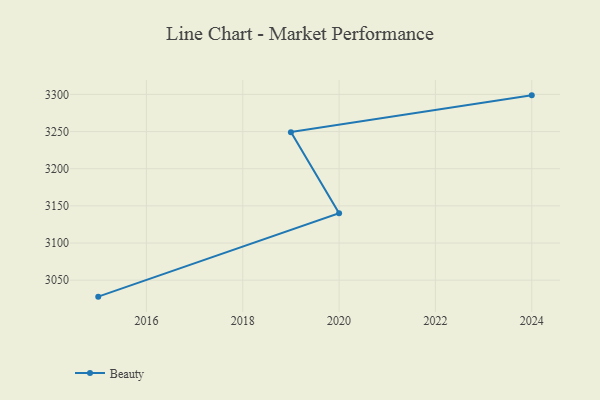
{"axis": {"x": "Year", "y": "Budget (USD K)"}, "legend": ["Beauty"], "data": [{"x": "2015", "y": 3027.8, "type": "Beauty"}, {"x": "2020", "y": 3140.0, "type": "Beauty"}, {"x": "2019", "y": 3249.2, "type": "Beauty"}, {"x": "2024", "y": 3298.7, "type": "Beauty"}]}